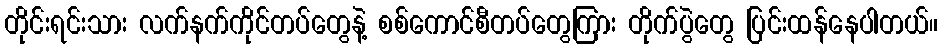
တိုင်းရင်းသား လက်နက်ကိုင်တပ်တွေနဲ့ စစ်ကောင်စီတပ်တွေကြား တိုက်ပွဲတွေ ပြင်းထန်နေပါတယ်။